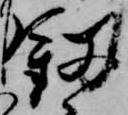
釼